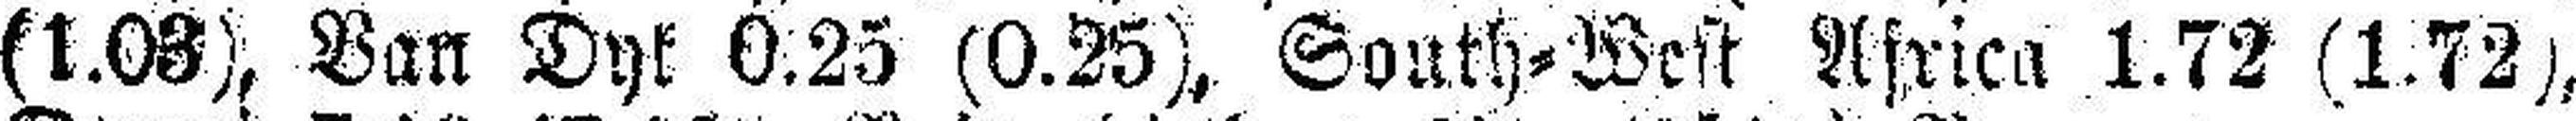
(1.03), Ban Dyk 0.25 (0.25), South=West Africa 1.72 (1.72),